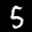
Label: 5